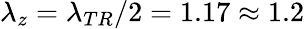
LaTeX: \lambda_{z}=\lambda_{TR}/2=1.17\approx 1.2